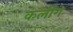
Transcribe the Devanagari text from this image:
कलीग